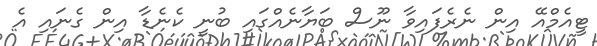
ޓީއެމްއޭ އިން ނެރެފައިވާ ނޫސް ބަޔާނެއްގައި ބުނީ ކެނެޑާ އިން ގެނައި އެ